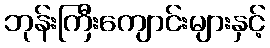
ဘုန်းကြီးကျောင်းများနှင့်